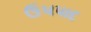
ઉપપાદ